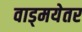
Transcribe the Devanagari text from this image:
वाड्मयेतर